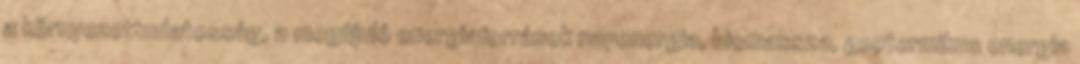
a környezettudatosság, a megújuló energiaforrások napenergia, biomassza, geotermikus energia